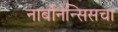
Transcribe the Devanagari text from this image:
नार्बोनेन्सिसचा